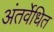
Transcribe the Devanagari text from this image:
अंतर्वेधित